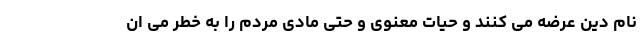
نام دین عرضه می کنند و حیات معنوی و حتی مادی مردم را به خطر می ان